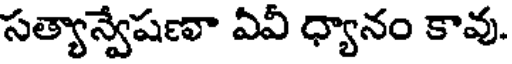
సత్యాన్వేషణా ఏవీ ధ్యానం కావు.